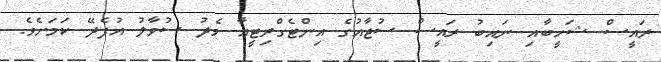
ރައީސް ޝަހީބާއި ނައިބު ރައީސް ސުޖާއުގެ އިންޓެގްރިޓީއާ މެދު ސުވާލު އުފެދޭ ކަމަށެވެ.